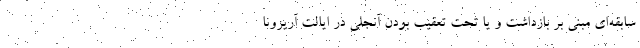
سابقه‌ای مبنی بر بازداشت و یا تحت تعقیب بودن آنجلی در ایالت آریزونا